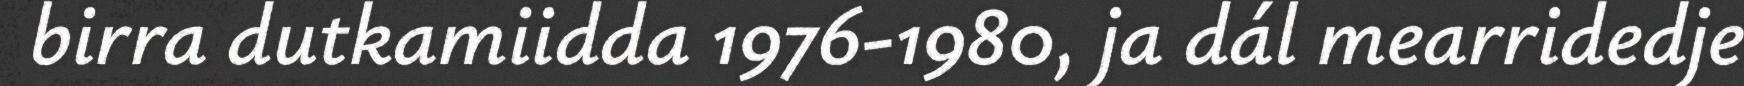
birra dutkamiidda 1976-1980, ja dál mearridedje